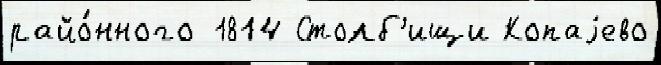
райо́нного 1814 Столб'ищи Копаjево